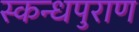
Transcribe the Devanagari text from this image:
स्कन्धपुराण